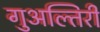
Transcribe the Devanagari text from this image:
गुअल्तिरी